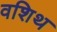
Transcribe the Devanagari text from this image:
वशिथ